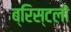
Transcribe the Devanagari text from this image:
ब्रिस्टलों